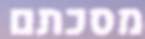
מסכתם